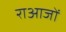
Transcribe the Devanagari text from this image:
राआजों